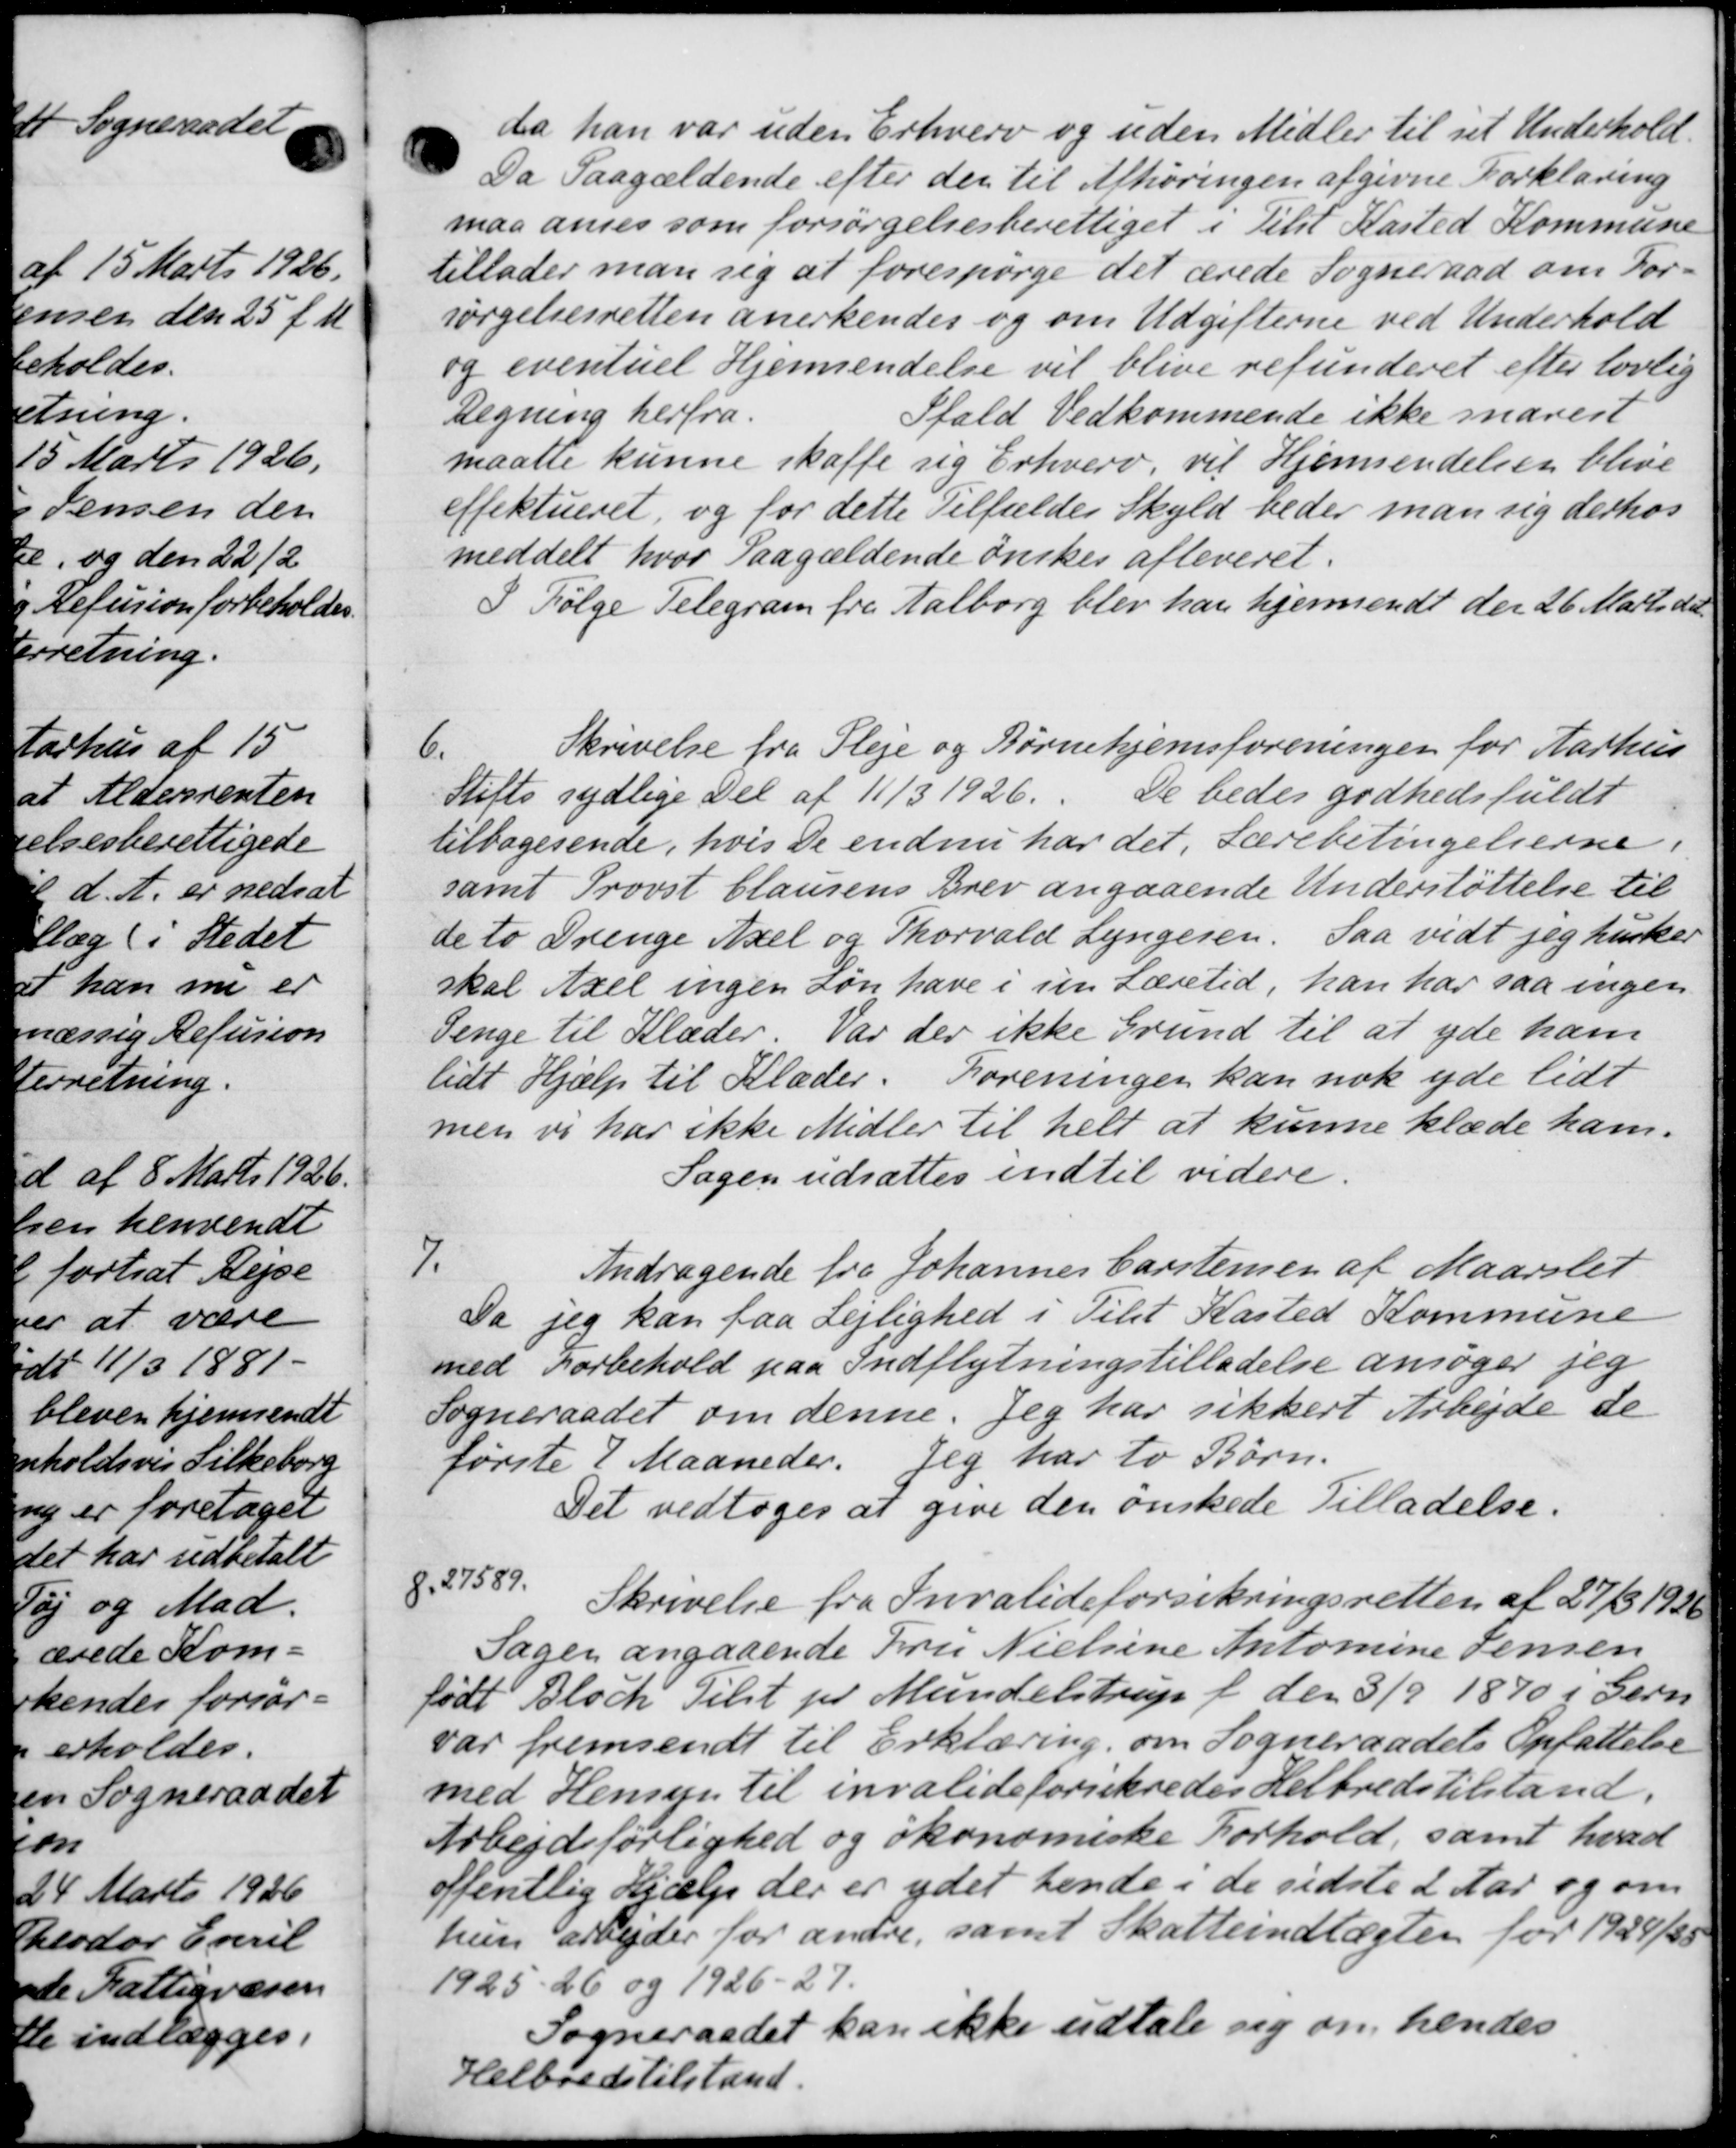
Transskription:
da han var uden Erhverv og uden Midler til sit Underhold
Da Paagældende efter der til Afhøringen afgivne Forklaring
maa anses som forsørgelsesberettiget i Tilst Kasted Kommune
tillader man sig at forespørge det ærede Sogneraad om For-
sørgelsesretten anerkendes og om Udgifterne ved Underhold
og eventuel Hjemsendelse vil blive refunderet efter lovlig
Regning herfra.
Sfald Vedkommende ikke snarest
maatte kunne skaffe sig Erhverv, vil Hjemsendelsen blive
effektueret, og for dette Tilfældes Skyld beder man sig derhos
meddelt hvor Paagældende ønskes afleveret.
I Følge Telegram fra Aalborg blev han hjemsendt der 26 Marts det
6.
Skrivelse fra Pleje og Børnehjemsforeningen for Aarhus
Stifts sydlige Del af 11/3 1926.
De bedes godhedsfuldt
tilbagesende, hvis De endnu har det Lærebetingelserne i
samt Provst Clausens Brev angaaende Understøttelse til
de to Drenge Axel og Thorvald Lyngesen. Saa vidt jeg husker
skal Axel ingen søn have i sin Læretid, han har saa ingen
Penge til Klæder. Var der ikke Grund til at yde ham
lidt Hjælp til Klæder. Foreningen kan nok yde lidt
men vi har ikke Midler til helt at kunne klæde ham.
Sagen udsættes indtil videre.
7.
Andragende fra Johannes Carstensen af Maarslet
Da jeg kan faa Lejlighed i Tilst Kasted Kommune
med Forbehold paa Indflytningstilladelse ansøger jeg
Sogneraadet om denne. Jeg har sikkert Arbejde de
første 2 Maaneder. Jeg har to Børn.
Det vedtoges at give den ønskede Tilladelse.
8.
27589
Skrivelse fra Invalideforsikringsretten af 27/3 1926
Sagen angaaende Fru Nielsine Automine Jensen
født Bloch Tilst pr Mundelstrup f den 3/9 1870 i Gern
var fremsendt til Erklæring om Sogneraadets Opfattelse
med Hensyn til invalideforsikredes Helbredstilstand.
Arbejdsførlighed og økonomiske Forhold, samt hvad
offentlig Hjælp der er ydet hende i de sidste 2 Aar og om
hun arbejder for andre, samt Skatteindtægten for 1924/25
1925-26 og 1926-27.
Sogneraadet kan ikke udtale sig om hendes
Helbredstilstand.